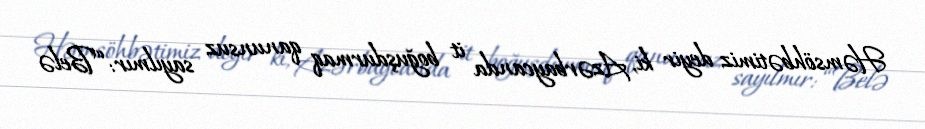
Həmsöhbətimiz deyir ki, Azərbaycanda it boğuşdurmaq qanunsuz sayılmır: “Belə